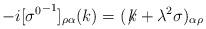
LaTeX: \begin{align*}-i[{\sigma^{0}}^{-1}]_{\rho\alpha}(k)=(\not\! k+\lambda^{2}\sigma)_{\alpha\rho}\end{align*}